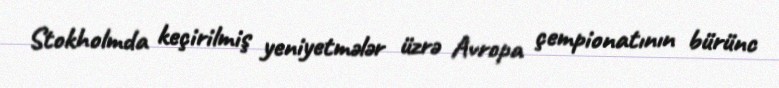
Stokholmda keçirilmiş yeniyetmələr üzrə Avropa çempionatının bürünc